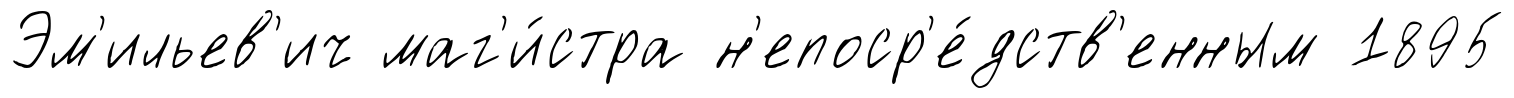
Эм'ильев'ич маг'и́стра н'епоср'е́дств'енным 1895